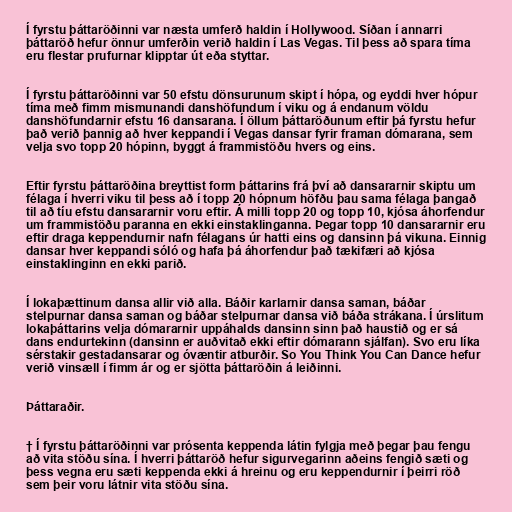
Í fyrstu þáttaröðinni var næsta umferð haldin í Hollywood. Síðan í annarri
þáttaröð hefur önnur umferðin verið haldin í Las Vegas. Til þess að spara tíma
eru flestar prufurnar klipptar út eða styttar.

Í fyrstu þáttaröðinni var 50 efstu dönsurunum skipt í hópa, og eyddi hver hópur
tíma með fimm mismunandi danshöfundum í viku og á endanum völdu
danshöfundarnir efstu 16 dansarana. Í öllum þáttaröðunum eftir þá fyrstu hefur
það verið þannig að hver keppandi í Vegas dansar fyrir framan dómarana, sem
velja svo topp 20 hópinn, byggt á frammistöðu hvers og eins.

Eftir fyrstu þáttaröðina breyttist form þáttarins frá því að dansararnir skiptu um
félaga í hverri viku til þess að í topp 20 hópnum höfðu þau sama félaga þangað
til að tíu efstu dansararnir voru eftir. Á milli topp 20 og topp 10, kjósa áhorfendur
um frammistöðu paranna en ekki einstaklinganna. Þegar topp 10 dansararnir eru
eftir draga keppendurnir nafn félagans úr hatti eins og dansinn þá vikuna. Einnig
dansar hver keppandi sóló og hafa þá áhorfendur það tækifæri að kjósa
einstaklinginn en ekki parið.

Í lokaþættinum dansa allir við alla. Báðir karlarnir dansa saman, báðar
stelpurnar dansa saman og báðar stelpurnar dansa við báða strákana. Í úrslitum
lokaþáttarins velja dómararnir uppáhalds dansinn sinn það haustið og er sá
dans endurtekinn (dansinn er auðvitað ekki eftir dómarann sjálfan). Svo eru líka
sérstakir gestadansarar og óvæntir atburðir. So You Think You Can Dance hefur
verið vinsæll í fimm ár og er sjötta þáttaröðin á leiðinni.

Þáttaraðir.

† Í fyrstu þáttaröðinni var prósenta keppenda látin fylgja með þegar þau fengu
að vita stöðu sína. Í hverri þáttaröð hefur sigurvegarinn aðeins fengið sæti og
þess vegna eru sæti keppenda ekki á hreinu og eru keppendurnir í þeirri röð
sem þeir voru látnir vita stöðu sína.